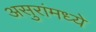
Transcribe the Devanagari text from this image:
असुरांमध्ये